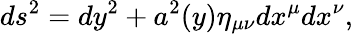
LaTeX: ds^{2}=dy^{2}+a^{2}(y)\eta_{\mu\nu}dx^{\mu}dx^{\nu},